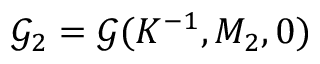
\mathcal { G } _ { 2 } = \mathcal { G } ( K ^ { - 1 } , M _ { 2 } , 0 )